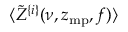
\langle \tilde { Z } ^ { \{ i \} } ( \nu , z _ { \mathrm { m p } } , f ) \rangle